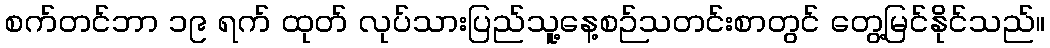
စက်တင်ဘာ ၁၉ ရက် ထုတ် လုပ်သားပြည်သူ့နေ့စဉ်သတင်းစာတွင် တွေ့မြင်နိုင်သည်။